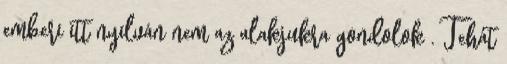
emberi itt nyilván nem az alakjukra gondolok . Tehát